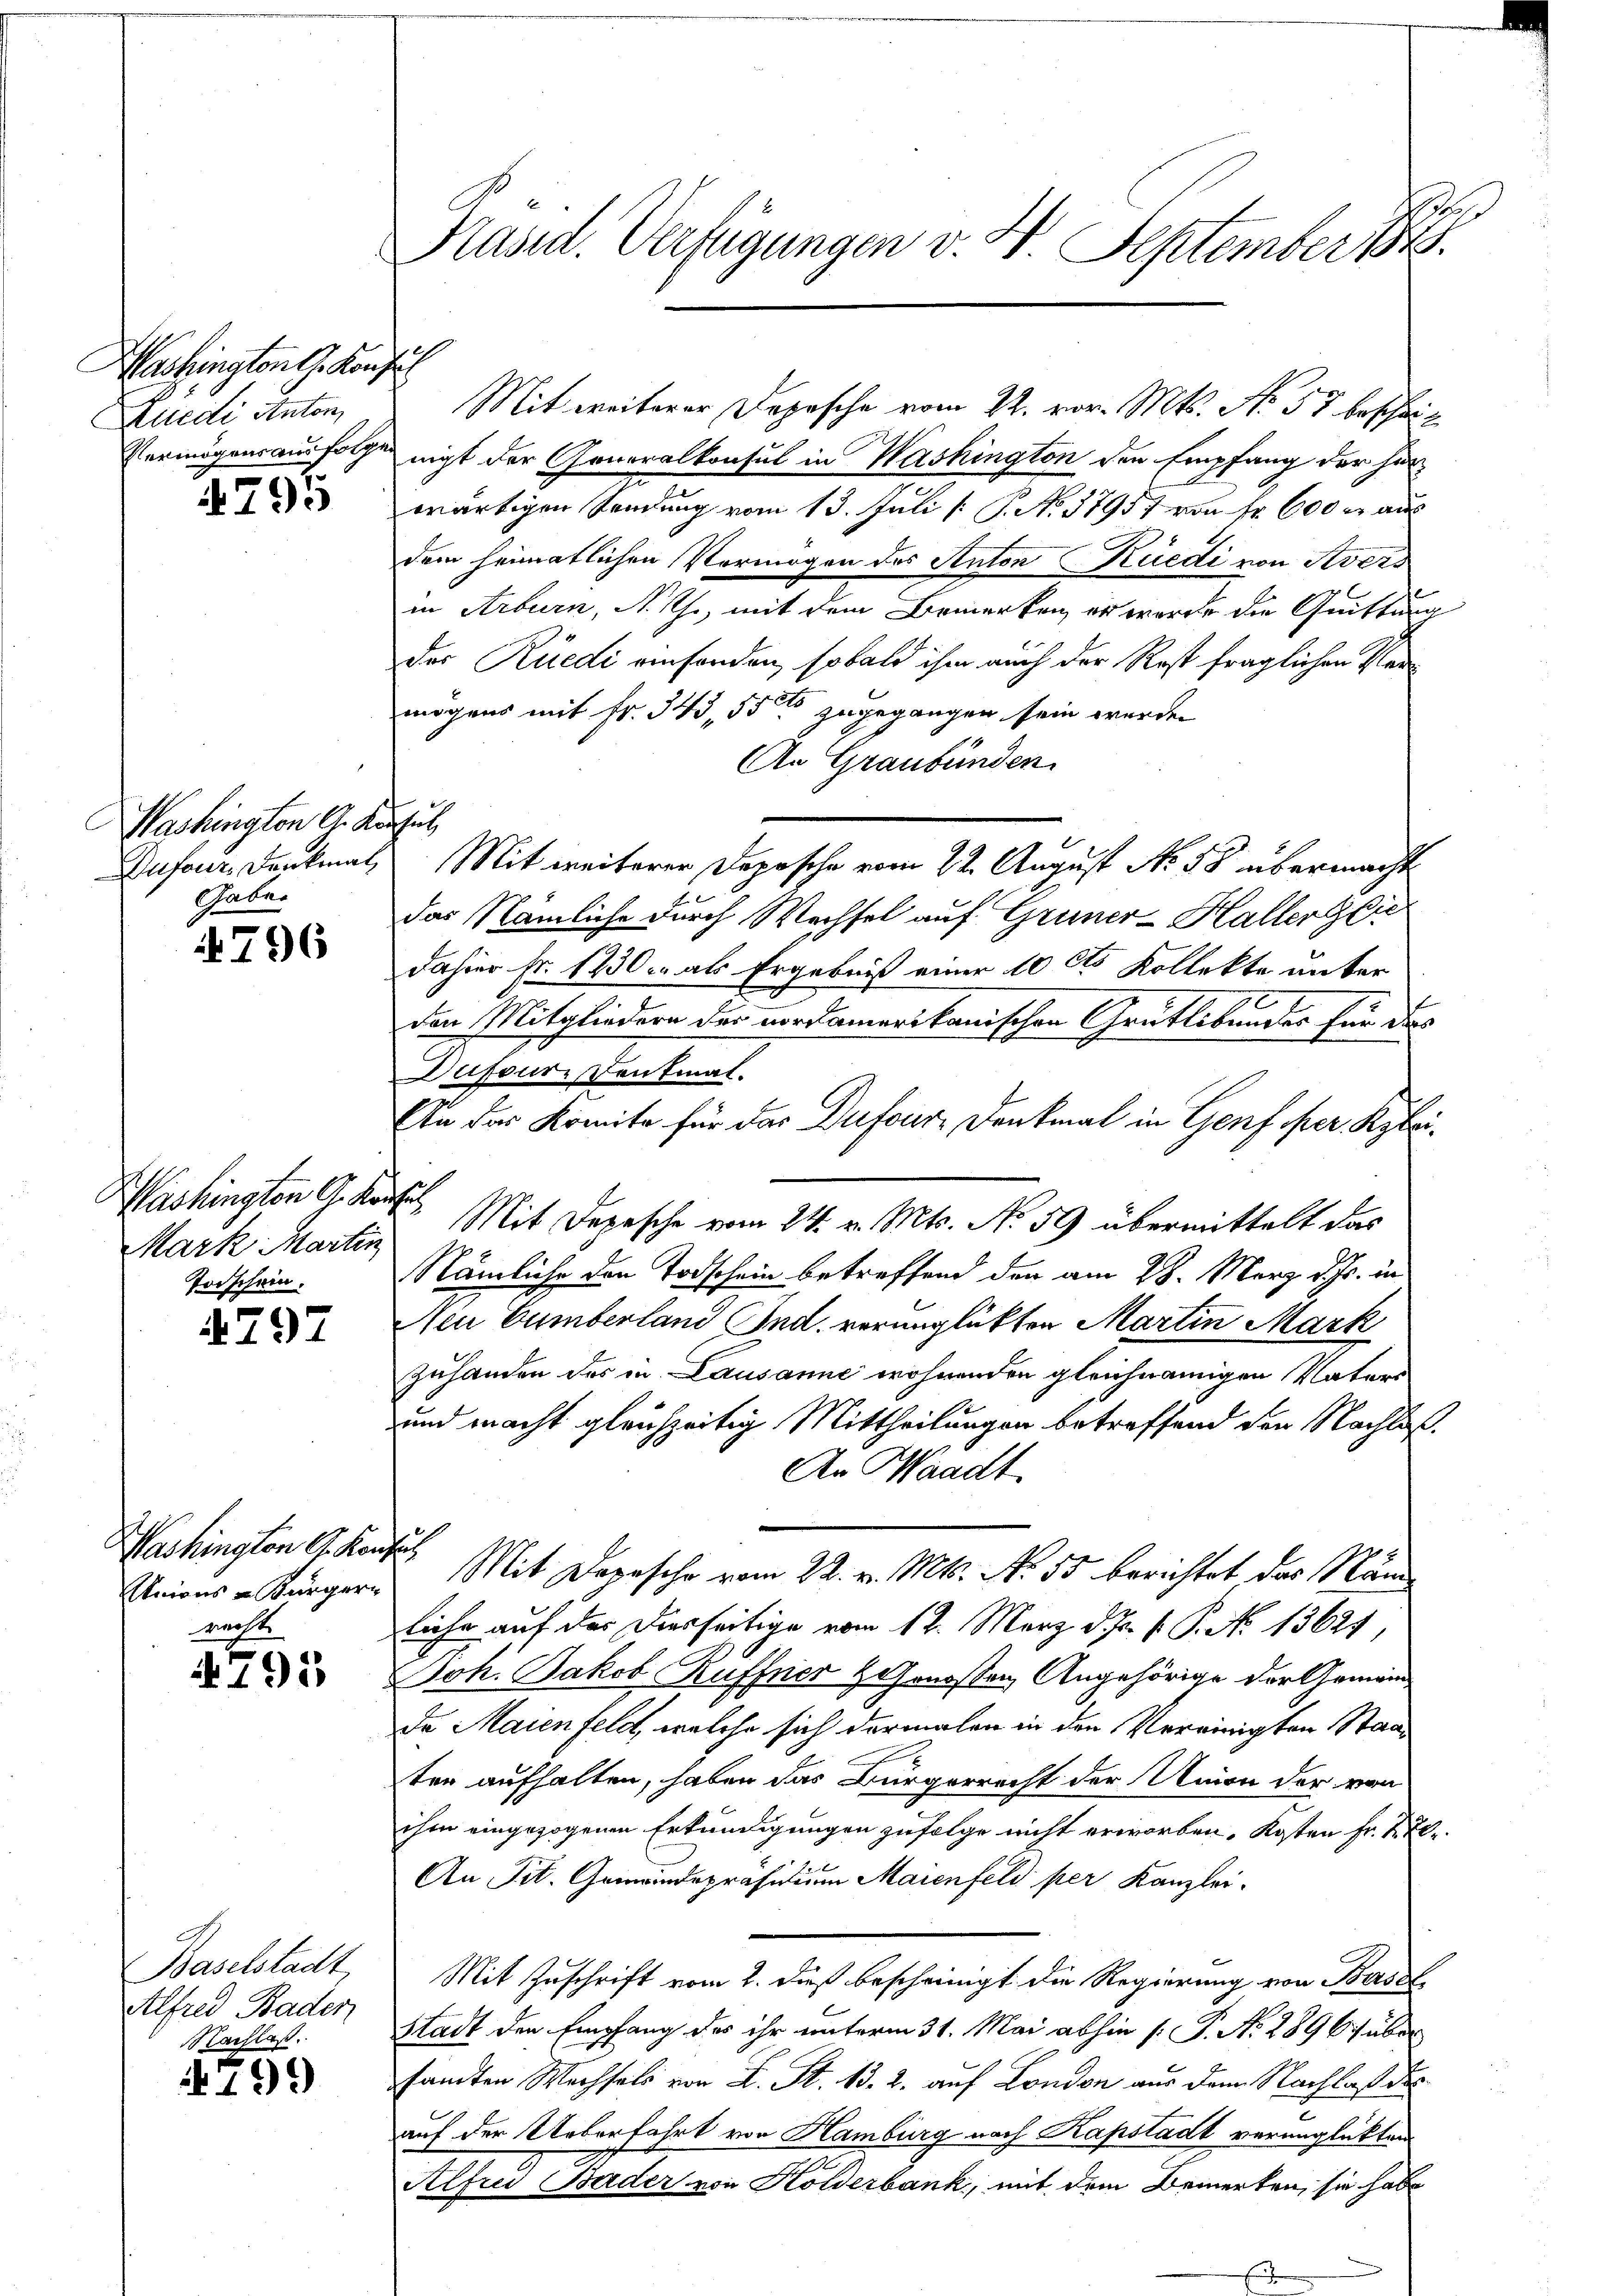
Washington G. Konsul
Zuedi, Anton,

4795

Washington G. Konsul
Dufour. Denkmal
Ghabe.

796

Washington A. Kanz
Mark Martin
Torschein.

4797

Washington A. Kauf
Unions-Bürgern
racht.
d

4795

Baselstadt
Alfred Baden
NNachlaß.

799

sach
Kasid. Verfügungen v. 4. September 1848.

f
f

Mit weiterer Depesche vom 22. vor. Mts. No. 57 beschrif
Vermögensausfolgen nicht der Generalkonsul in Washington den Empfang der herwärtigen Sendung vom 13. Juli [ 9. No. 17957 von Fr. 600 m aus
dem heimatlichen Vermögen des Anton Rüedi von Avers
in Arburn, A. h., mit dem Bemerken, er wurde die Quittung
Der Rüedi einfonden, sobald ihm auch der Rost fraglichen Vermögens mit Fr. 343, 550 zugegangen sein werden
An Graubünden.
Mit weiterer Depesche vom 22. August No. 58 übermacht
das Nämliche durch Wechsel auf Gruner-Hallerdier
dahier fr. 1230 als Ergebniß einer 10 Cts Kollekte unter
den Mitgliedern der nordamerikanischen Grütlibender für das
Dufoure Pentmat.
An das Komite für das Dufour-Denkmal in Genf per Rybrie
Mit Depesche vom 24. v. Mts. No 59 übermittelt das
Nämliche den Todschein betreffend der am 28. März d. Js. in
Neu Cumberland Ind. verunglückten Martin Mark
zuhanden des in Lausanne wohnenden gleichnamigen Vaters
und macht gleichzeitig Mittheilungen betreffend den Nachlaß
An Waadt
fu
Mit Depesche vom 22. v. Mts. No. 55 berichtet das Näm
liche auf der Diesseitige vom 12. März d. Js. v. P. No 13621,
Joh. Jakob Ruffner Genossen Angehörige der Gemeinde Maienfeld, welche sich dermalen in den Vereinigten Staaten aufhalten, haben das Bürgerrecht der Annon der von
ihm eingezogenen Erkundigungen zufolge nicht erworben, Kosten Fr. 2 El¬
An Tit. Gemeindepräsidium Maienfeld per Kanzlei-
Mit Zuschrift vom 2. dieß bescheinigt die Regierung von Basel
Stadt den Empfang des ihr unterm 31. Mai abhin (: P. No. 289 67 über
sandten Wechsels von L. St. 13. 2. auf London aus dem Nachlaß des
auf der Ueberfahrt von Hamburg nach Kapstadt verunglückten
Alfrei Buder von Holderbank, mit dem Bemerken, sie habe